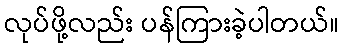
လုပ်ဖို့လည်း ပန်ကြားခဲ့ပါတယ်။